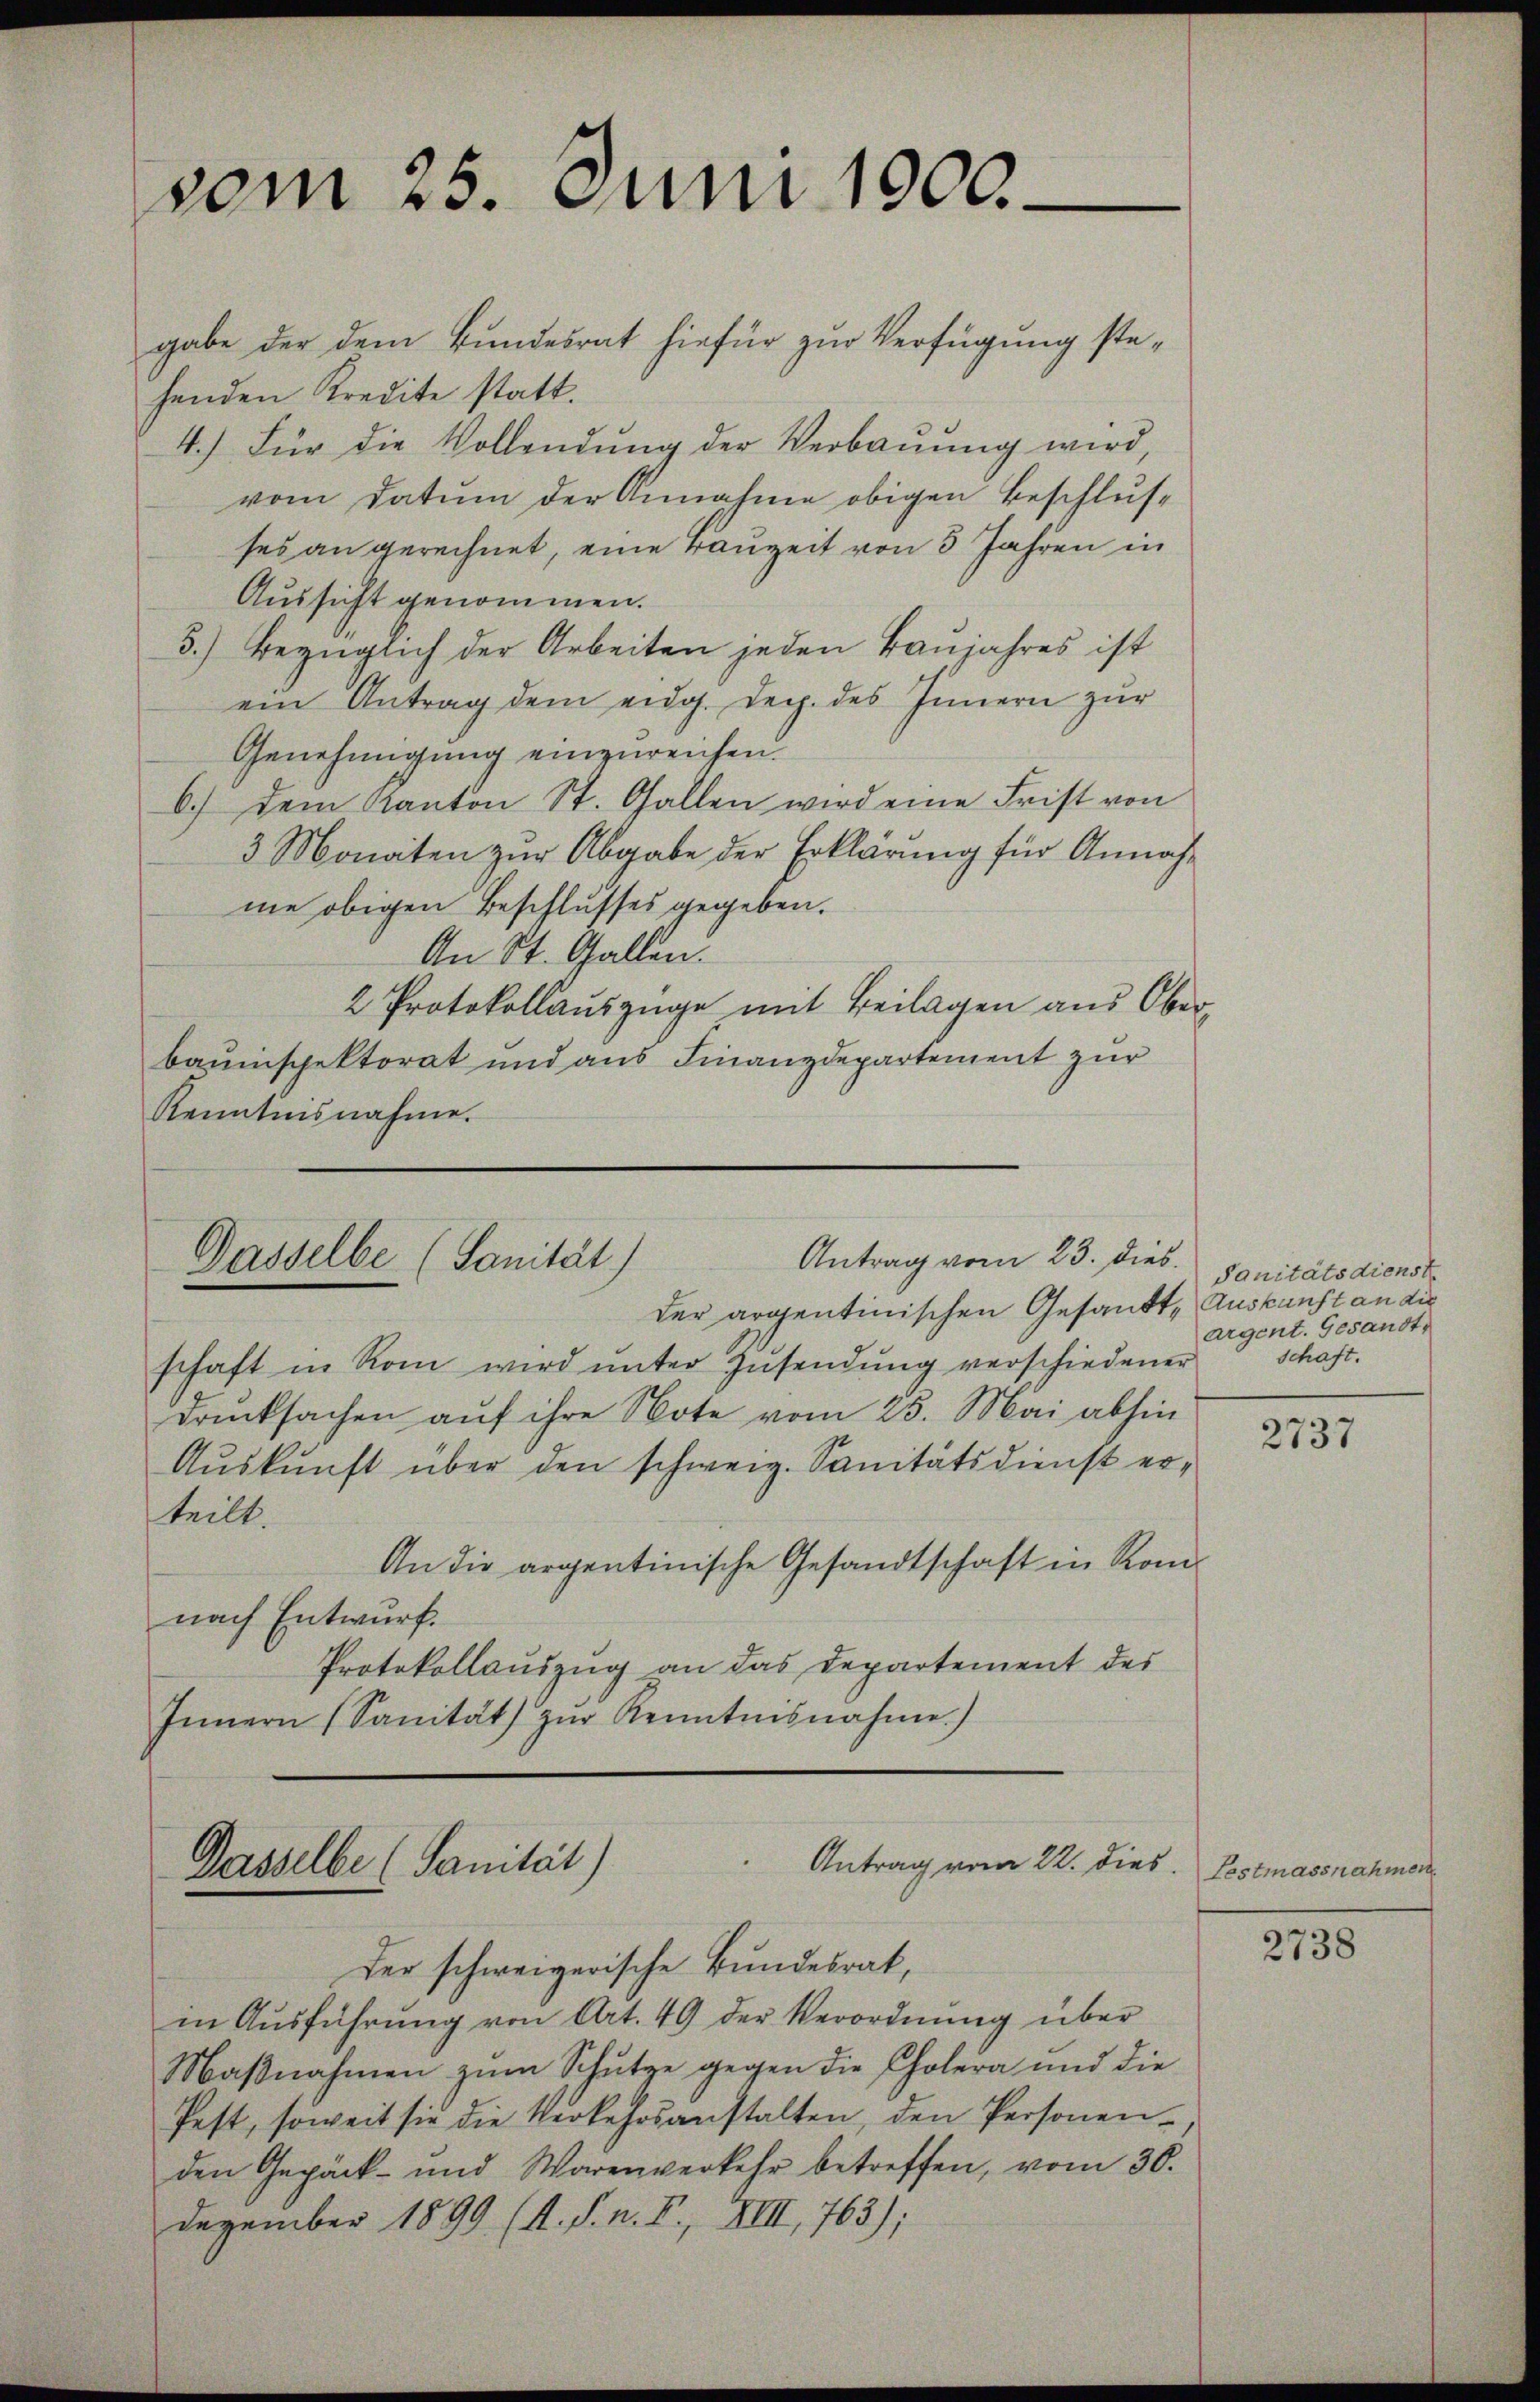
vom 25. Juni 1900

gabe der dem Bundesrat hiefür zur Verfügung stehenden Kredite statt.
4.) Für die Vollendŭng der Verbaŭŭng wird,
vom Datum der Annahme obigen Beschlusses an gerechnet, eine Bauzeit von 3 Jahren in
Aussicht genommen.
3.) Bezüglich der Arbeiten jeden Baŭjahres ist
ein Antrag dem eidg. Dec. des Innern zur
Genehmigung einzureichen.
6) dem Kanton St. Gallen wird eine Frist von
3 Monaten zur Abgabe der Erklärung für Annahme obigen Beschlusses gegeben.
An St. Gallen.
2 Protokollauszüge mit Beilagen aus Oberbauinspektorat und aus Finanzdepartement zur
Kenntnisnahme.

schaft in Rom wird ŭnter Zusendŭng verschiedener
drucksachen aŭf ihre Note vom 25. Mai abhin
Auskunft über den schweiz. Sanitätsdienst erteilt.
An die argentinische Gesandtschaft in Kom-
nach Entwurf.
Protokollauszug an das Departement des
Innern (Sanität) zŭr Kenntnisnahme)

Antrag vom 23. dies
Dasselbe (Sanität)
der argentinischen Gesandt, Auskunft an die

Antrag vom 22. dies
Dasselbe (Sanität)
Der schweizerische Bundesrat,

in Aŭsführŭng von Art. 49 der Verordnŭng über
Maßnahmen zum Schutze gegen die Cholera und die
fest, soweit sie die Verkehrsanstalten, den Personen-
den Gepäck- und Warenverkehr betreffen, vom 30.
Dezember 1899 (s. S. n. F., XIII, 763);

Sanitätsdienst
argent. Gesandt,
schaft.

2737

Lestmassnahmen

2738